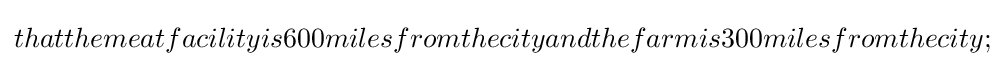
thatthemeatfacilityis600milesfromthecityandthefarmis300milesfromthecity;